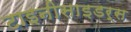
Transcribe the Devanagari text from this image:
टाइनीसाइडर्स